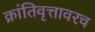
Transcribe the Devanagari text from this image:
क्रांतिवृत्तावरच